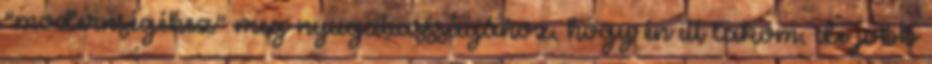
"modernségéhez" meg nyugatiassságához, hogy én itt lakom, de jobb